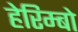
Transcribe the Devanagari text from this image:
हेरिम्बो